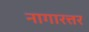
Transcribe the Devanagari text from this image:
नागारत्तर